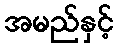
အမည်နှင့်